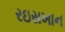
રઇસખાન